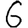
Digit: 6